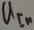
Text: UIn